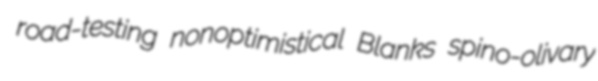
road-testing nonoptimistical Blanks spino-olivary